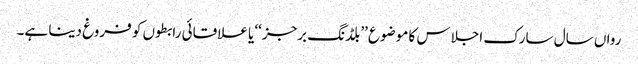
رواں سال سارک اجلاس کا موضوع ’’بلڈنگ برجز‘‘ یا علاقائی رابطوں کو فروغ دینا ہے۔